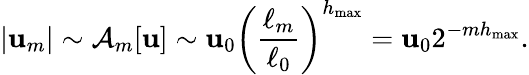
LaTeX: |\mathbf{u}_{m}|\sim\mathcal{{A}}_{m}[\mathbf{u}]\sim\mathbf{u}_{0}\left(\frac{{\ell_{m}}}{{\ell_{0}}}\right)^{h_{\operatorname*{max}}}=\mathbf{u}_{0}2^{-mh_{\operatorname*{max}}}.